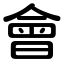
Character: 會